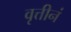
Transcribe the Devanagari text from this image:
वृत्तीनं